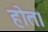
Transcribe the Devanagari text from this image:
होत।